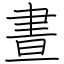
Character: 晝